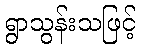
ရွာသွန်းသဖြင့်